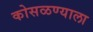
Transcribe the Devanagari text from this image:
कोसळण्याला